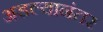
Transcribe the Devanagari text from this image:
अडल्यानंतर